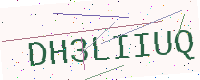
Text: DH3LIIUQ